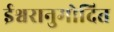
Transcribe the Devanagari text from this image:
ईश्वरानुमोदित